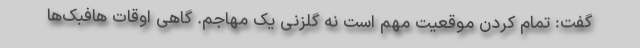
گفت: تمام کردن موقعیت مهم است نه گلزنی یک مهاجم. گاهی اوقات هافبک‌ها